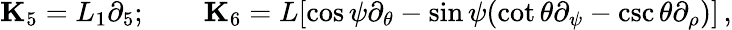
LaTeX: {\mathbf K}_{5}=L_{1}\partial_{5};\qquad{\mathbf K}_{6}=L[\cos\psi\partial_{\theta}-\sin\psi(\cot\theta\partial_{\psi}-\csc\theta\partial_{\rho})]\, ,